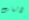
لاثبات